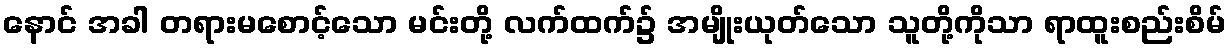
နောင် အခါ တရားမစောင့်သော မင်းတို့ လက်ထက်၌ အမျိုးယုတ်သော သူတို့ကိုသာ ရာထူးစည်းစိမ်